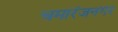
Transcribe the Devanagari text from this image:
चमारंजनगर